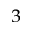
_ { 3 }